Elephants and their diseases
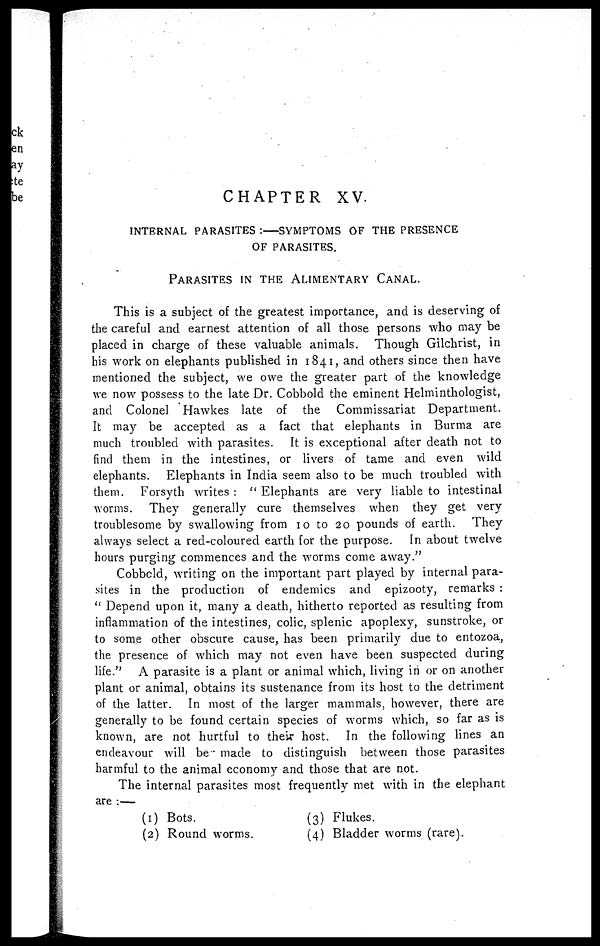
CHAPTER XV.
INTERNAL PARASITES :— SYMPTOMS OF THE PRESENCE
OF PARASITES.
PARASITES IN THE ALIMENTARY CANAL.
This is a subject of the greatest importance, and is deserving of
the careful and earnest attention of all those persons who may be
placed in charge of these valuable animals. Though Gilchrist, in
his work on elephants published in 1841, and others since then have
mentioned the subject, we owe the greater part of the knowledge
we now possess to the late Dr. Cobbold the eminent Helminthologist,
and Colonel Hawkes late of the Commissariat Department.
It may be accepted as a fact that elephants in Burma are
much troubled with parasites. It is exceptional after death not to
find them in the intestines, or livers of tame and even wild
elephants. Elephants in India seem also to be much troubled with
them. Forsyth writes : " Elephants are very liable to intestinal
worms. They generally cure themselves when they get very
troublesome by swallowing from 10 to 20 pounds of earth. They
always select a red-coloured earth for the purpose. In about twelve
hours purging commences and the worms come away."
Cobbold, writing on the important part played by internal para-
sites in the production of endemics and epizooty, remarks :
" Depend upon it, many a death, hitherto reported as resulting from
inflammation of the intestines, colic, splenic apoplexy, sunstroke, or
to some other obscure cause, has been primarily due to entozoa,
the presence of which may not even have been suspected during
life." A parasite is a plant or animal which, living in or on another
plant or animal, obtains its sustenance from its host to the detriment
of the latter. In most of the larger mammals, however, there are
generally to be found certain species of worms which, so far as is
known, are not hurtful to their host. In the following lines an
endeavour will be" made to distinguish between those parasites
harmful to the animal economy and those that are not.
The internal parasites most frequently met with in the elephant
are :—
(1)
(2)
Bots.
Round worms.
(3)
(4)
Flukes.
Bladder worms (rare).